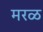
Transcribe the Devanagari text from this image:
मरळ